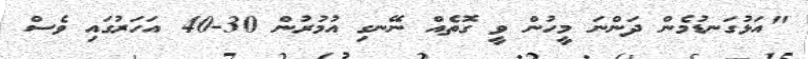
"އަޅުގަނޑުމެން ދަންނަ މީހުން ވީ ގޮތެއް ނޭނގި އުމުރުން 30-40 އަހަރުގައި ވެސް